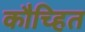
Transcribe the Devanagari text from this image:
कौच्हित